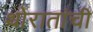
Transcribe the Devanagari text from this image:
थोरातांची